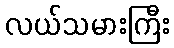
လယ်သမားကြီး